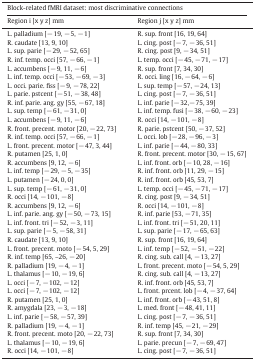
<table><thead><tr><td colspan="2"><b>Block-related fMRI dataset: most discriminative connections</b></td></tr><tr><td><b>Region i [x y z] mm</b></td><td><b>Region j [x y z] mm</b></td></tr></thead><tbody><tr><td>L. palladium [− 19, − 5, − 1]</td><td>R. sup. front [16, 19, 64]</td></tr><tr><td>R. caudate [13, 9, 10]</td><td>L. cing. post [− 7, − 36, 51]</td></tr><tr><td>L. sup. parie [− 29, − 52, 65]</td><td>R. cing. post [9, − 34, 51]</td></tr><tr><td>R. inf. temp. occi [57, − 66, − 1]</td><td>L. temp. occi [− 45, − 71, − 17]</td></tr><tr><td>L. accumbens [− 9, 11, − 6]</td><td>R. sup. front [7, 34, 30]</td></tr><tr><td>L. inf. temp. occi [− 53, − 69, − 3]</td><td>R. occi. ling [16, − 64, − 6]</td></tr><tr><td>L. occi. parie. fiss [− 9, − 78, 22]</td><td>L. sup. temp [− 57, − 24, 13]</td></tr><tr><td>L. parie. pstcent [− 51, − 38, 48]</td><td>L. cing. post [− 7, − 36, 51]</td></tr><tr><td>R. inf. parie. ang. gy [55, − 67, 18]</td><td>L. inf. parie [− 32,− 75, 39]</td></tr><tr><td>L. sup. temp [− 61, − 31, 0]</td><td>L. inf. temp. fusi [− 38, − 60, − 23]</td></tr><tr><td>L. accumbens [− 9, 11, − 6]</td><td>R. occi [14, − 101, − 8]</td></tr><tr><td>R. front. precent. motor [20, − 22, 73]</td><td>R. parie. pstcent [50, − 37, 52]</td></tr><tr><td>R. inf. temp. occi [57, − 66, − 1]</td><td>L. occi. lob [− 28, − 96, − 3]</td></tr><tr><td>L. front. precent. motor [− 47, 3, 44]</td><td>L. inf. parie [− 44, − 80, 33]</td></tr><tr><td>R. putamen [25, 1, 0]</td><td>R. front. precent. motor [30, − 15, 67]</td></tr><tr><td>R. accumbens [9, 12, − 6]</td><td>L. inf. front. orb [− 10, 28, − 16]</td></tr><tr><td>L. inf. temp [− 29, − 5, − 35]</td><td>R. inf. front. orb [11, 29, − 15]</td></tr><tr><td>L. putamen [− 24, 0, 0]</td><td>R. inf. front. orb [45, 53, 7]</td></tr><tr><td>L. sup. temp [− 61, − 31, 0]</td><td>L. temp. occi [− 45, − 71, − 17]</td></tr><tr><td>R. occi [14, − 101, − 8]</td><td>R. cing. post [9, − 34, 51]</td></tr><tr><td>R. accumbens [9, 12, − 6]</td><td>R. occi [14, − 101, − 8]</td></tr><tr><td>L. inf. parie. ang. gy [− 50, − 73, 15]</td><td>R. inf. parie [53, − 71, 35]</td></tr><tr><td>L. inf. front. tri [− 52, − 3, 11]</td><td>L. inf. front. tri [− 51, 20, 11]</td></tr><tr><td>L. sup. parie [− 5, − 58, 31]</td><td>L. sup. parie [− 17, − 65, 63]</td></tr><tr><td>R. caudate [13, 9, 10]</td><td>R. sup. front [16, 19, 64]</td></tr><tr><td>L. front. precent. moto [− 54, 5, 29]</td><td>L. inf. temp [− 52, − 51, − 22]</td></tr><tr><td>R. inf. temp [65, –26, − 20]</td><td>R. cing. sub. call [4, − 13, 27]</td></tr><tr><td>R. palladium [19, − 4, − 1]</td><td>L. front. precent. moto [− 54, 5, 29]</td></tr><tr><td>L. thalamus [− 10, − 19, 6]</td><td>R. cing. sub. call [4, − 13, 27]</td></tr><tr><td>L. occi [− 7, − 102, − 12]</td><td>R. inf. front. orb [45, 53, 7]</td></tr><tr><td>L. occi [− 7, − 102, − 12]</td><td>L. front. prcent. lob [− 4, − 37, 64]</td></tr><tr><td>R. putamen [25, 1, 0]</td><td>L. inf. front. orb [− 43, 51, 8]</td></tr><tr><td>R. amygdala [23, − 3, − 18]</td><td>L. med. front [− 48, 41, 11]</td></tr><tr><td>L. inf. parie [− 58, − 57, 39]</td><td>L. cing. post [− 7, − 36, 51]</td></tr><tr><td>R. palladium [19, − 4, − 1]</td><td>R. inf. temp [45, − 21, − 29]</td></tr><tr><td>R. front. precent. moto [20, − 22, 73]</td><td>R. sup. front [7, 34, 30]</td></tr><tr><td>L. thalamus [− 10, − 19, 6]</td><td>L. parie. precun [− 7, − 69, 47]</td></tr><tr><td>R. occi [14, − 101, − 8]</td><td>L. cing. post [− 7, − 36, 51]</td></tr></tbody></table>